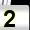
Digit: 2